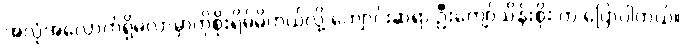
အလုံအလောက်ရှိမလာမှာကိုစိုးရိမ်မိတယ်လို့ ကျောင်းဆရာ ဦးကျော်သိန်းစိုး က ပြောပါတယ်။